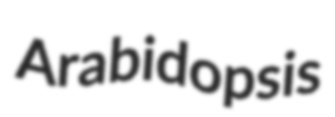
Arabidopsis